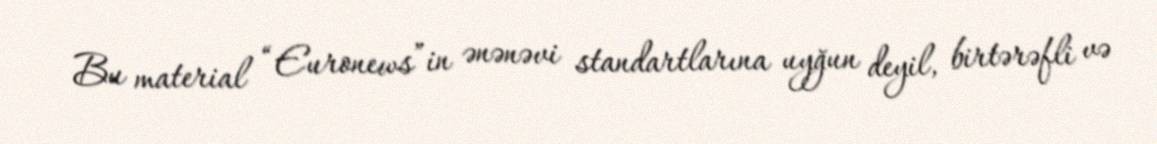
Bu material “Euronews”in ənənəvi standartlarına uyğun deyil, birtərəfli və